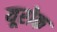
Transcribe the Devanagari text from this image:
यूरोक